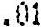
.01